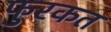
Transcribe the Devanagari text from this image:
फुरकत